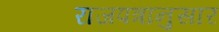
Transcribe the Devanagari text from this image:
राजपत्रानुसार